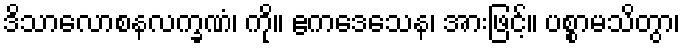
ဒိသာလောစနလက္ခဏံ၊ ကို။ ဧကဒေသေန၊ အားဖြင့်။ ပစ္စာမသိတွာ၊